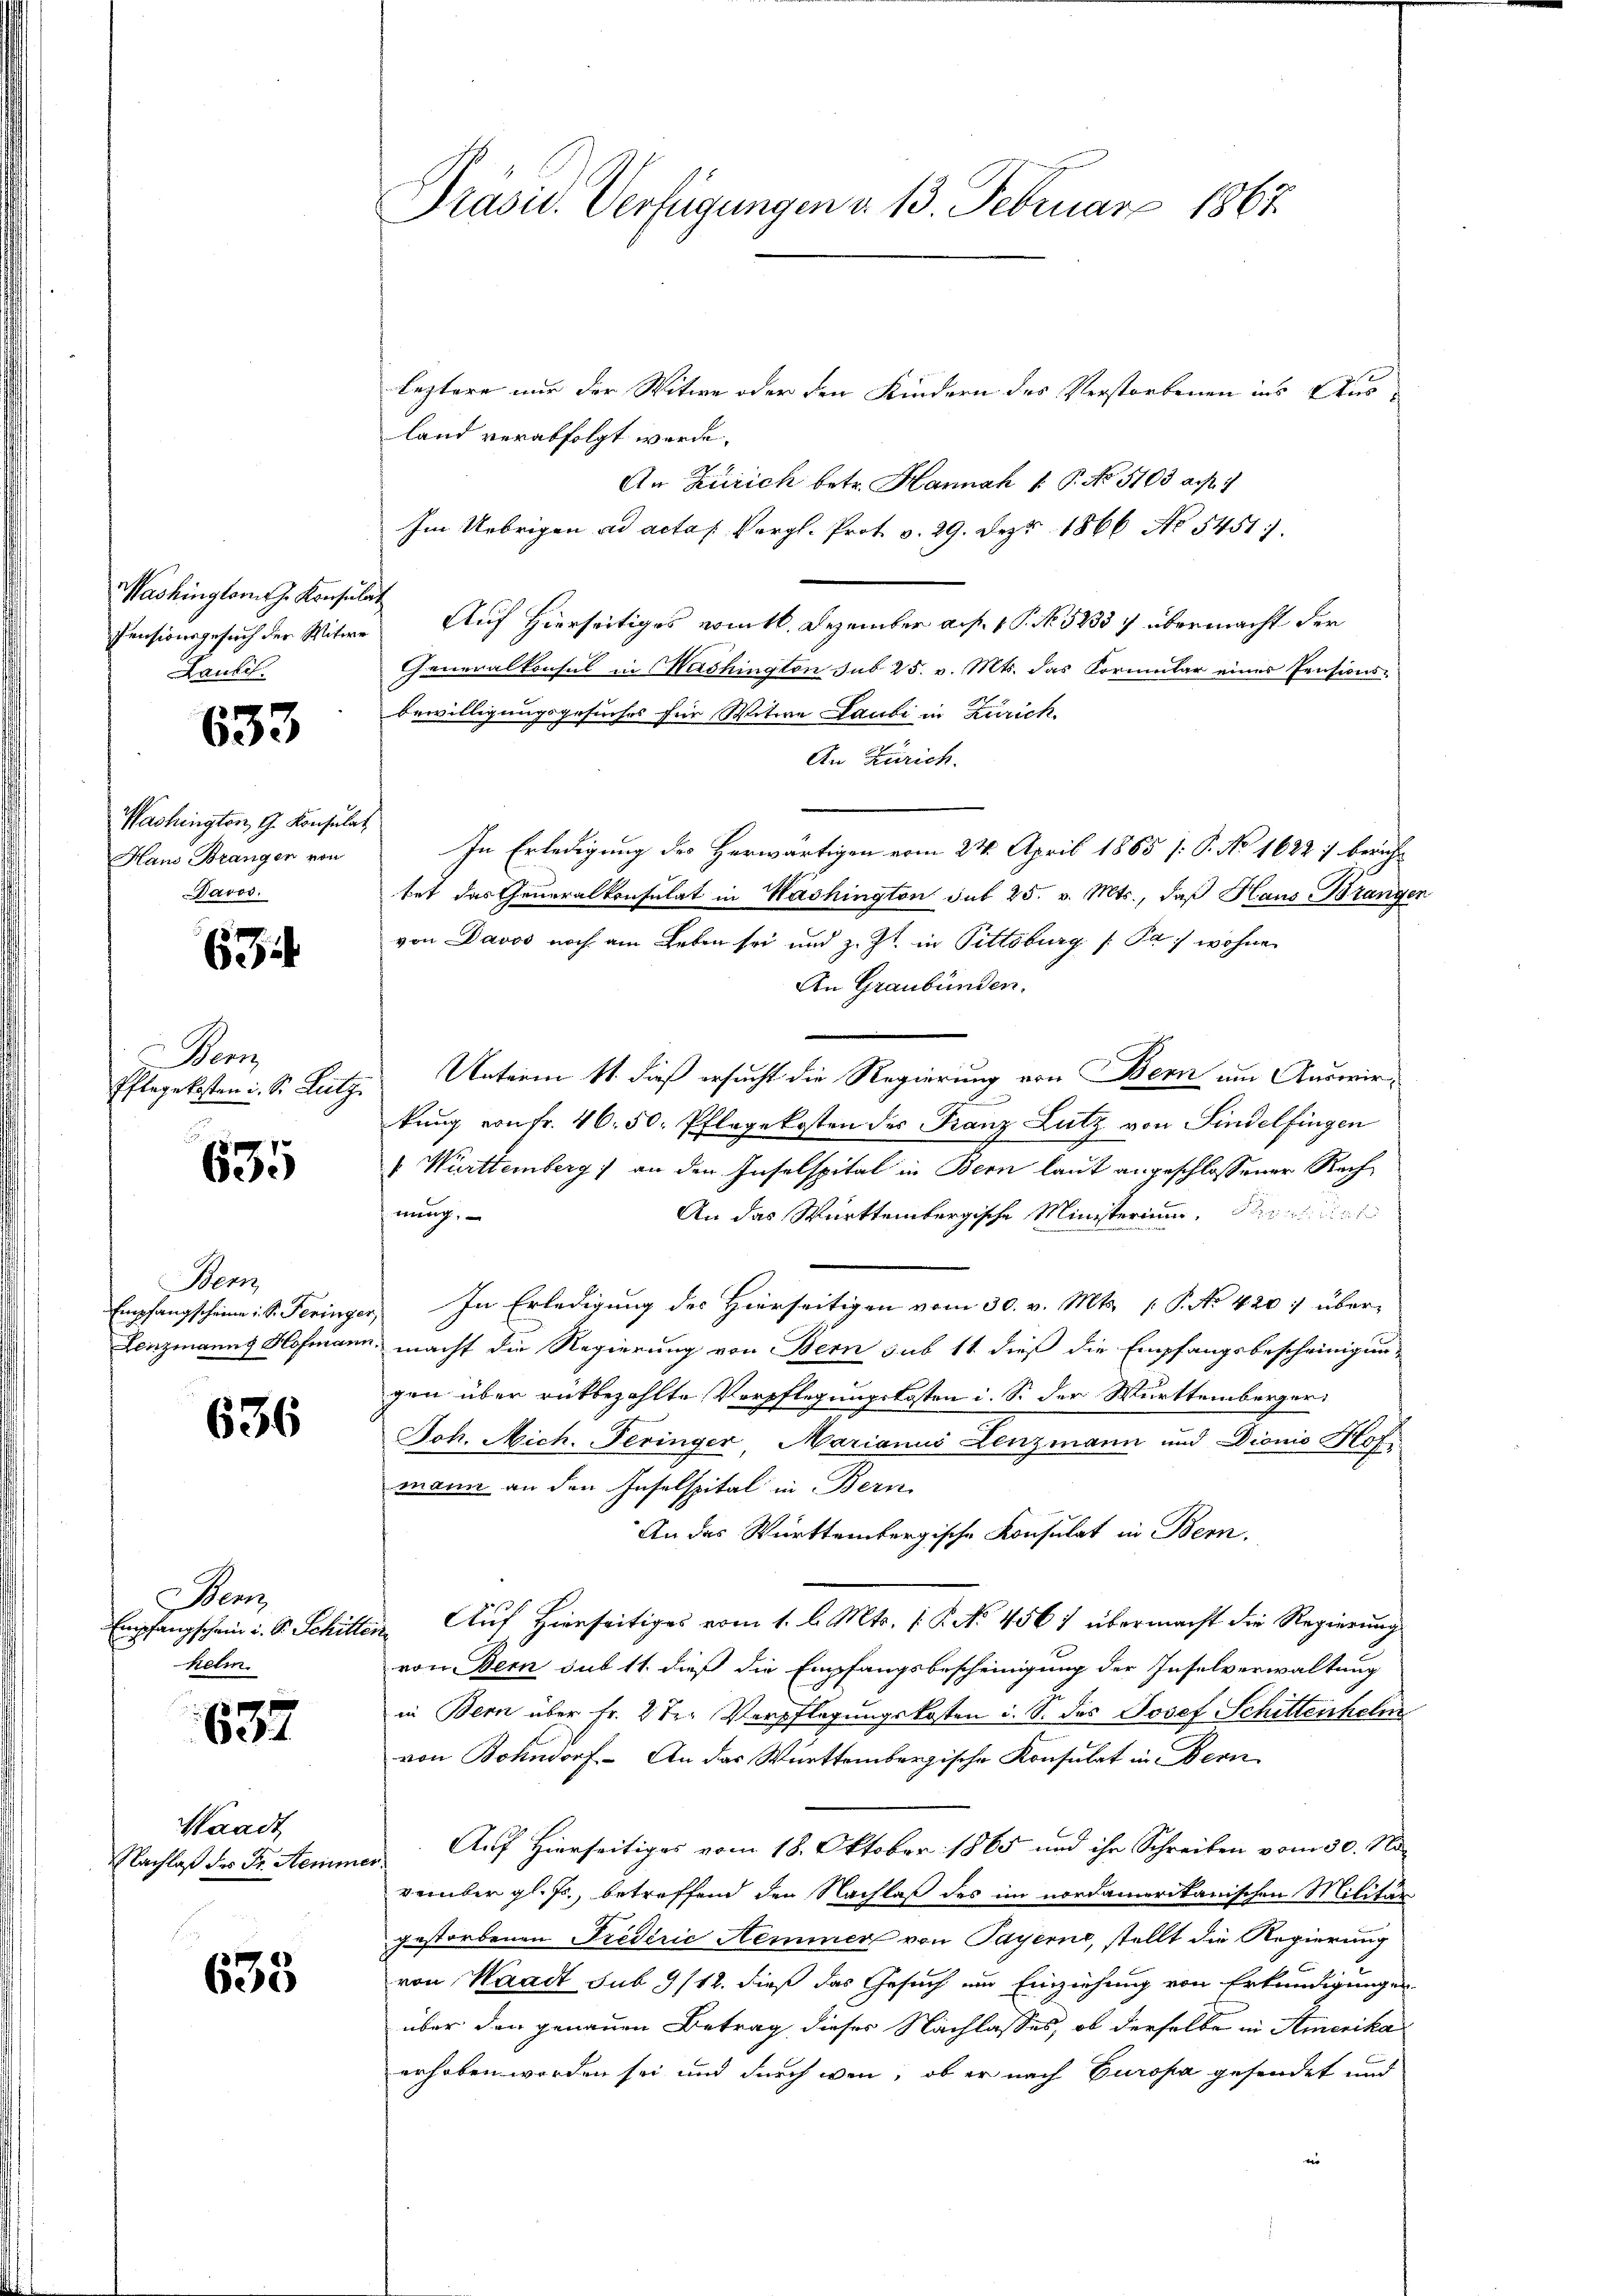
Washingloms z. Konsulat
Lauli.

633

Washington G. Konsulat
Hano Brangen von
Davos.

6

Wenn
Pflegekosten i. S. Lutz

635

Wenz

636

Benz
Empfangschein i. S. Schiller
Kelm.

1637

Waadt
Nachlaß der Dr. Semmer

635

Präsid. Verfügungen v. 13. Februarz 1867.

leztere nur der Witwe oder den Kindern des Verstorbenen ins Ausland verabfolgt werde.
An Zürich betr. Hannah v. P. No. 5103 a. 1
Im Uebrigen ad actas Vergl. Prot. v. 29. Dez. 1866 No 5451.
Pensionsgesuch der Witwe Auf Hierseitiges vom 16. Dezember a. p. 1. P. No. 5233 7 übermacht der
Generalkonsul in Washington sub 25. v. Mts. das Kormular eines Pensionsbewilligungsgesuches für Witwe Laubi in Zürich
An Zürich.
In Erledigung des Herwärtigen vom 24. April 1865 [: P. No 1622 :/ berühtet das Generalkonsulat in Washington sub 25. v. Mts., daß Haus Brangen
von Davos noch am Leben sei und z. Zt. in Pittsburg /: Pa: wohne
An Graubünden.
Unterm 11. dieß ersucht die Regierung von Bern um Auswirkung von fr. 46. 50. Pflegekosten des Franz Lutz von Sindelfingen
 Württemberg) an den Inselspital in Bern laut angeschlossener Rech¬
An das Württembergische Ministerium, Petitial
nung.
Empfangscheine S. Feringer, In Erledigung des Hierseitigen vom 30. v. Mts. 1 P. No 420 über-
Lenzmanns Hofmann, macht die Regierung von Bern sub 11 dieß die Empfangsbescheinigun-
gen über rükbezahlte Verpflegungskosten i. S. der Württemberger
Joh. Mich. Peringer, Marianus Lenzmann und Dionio Hofe
mann an den Inselspital in Bern
An das Württembergische Konsulat in Bern.
Auf Hierseitiges vom 1. l. Mts. (: P. No. 456) übermacht die Regierung
von Bern sub 11. dieß die Empfangsbescheinigung der Inselverwaltung
in Bern über Fr. 2 der Verpflegungskosten i. S. des Josef Schittenhelm
von Bonndorf. An das Württembergische Konsulat in Bern
Auf Hierseitiges vom 18. Oktober 1865 und ihr Schreiben vom 30. No
vember gl. Js., betreffend den Nachlaß des im nordamerikanischen Militär
gestorbenen Fredérić Aeminer von Payerne, stellt die Regierung
von Waadt sub 9/12. dieß das Gesuch um Einziehung von Erkundigungen
über den genauen Betrag dieses Nachlasses, ob derselbe in Amerika
erhoben worden sei und durch wenn, ob er nach Europa gesendet und
e